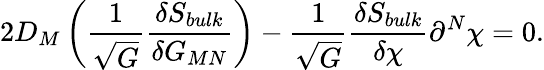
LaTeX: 2D_{M}\left(\frac{1}{\sqrt{G}}\frac{\delta S_{bulk}}{\delta G_{MN}}\right)-\frac{1}{\sqrt{G}}\frac{\delta S_{bulk}}{\delta\chi}\partial^{N}\chi=0.